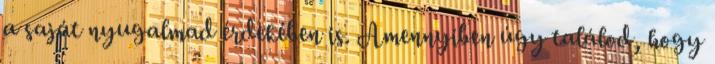
a saját nyugalmad érdekében is. Amennyiben úgy találod, hogy